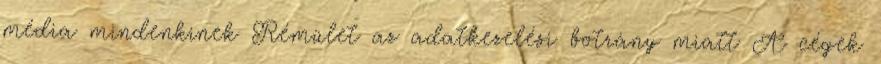
média mindenkinek Rémület az adatkezelési botrány miatt A cégek